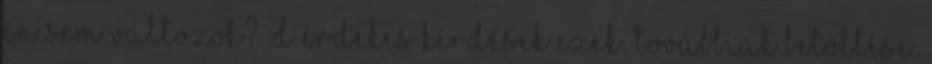
én sem változok? :D érdekes kérdések ezek. Továbbiak betöltése.